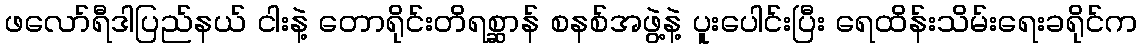
ဖလော်ရီဒါပြည်နယ် ငါးနဲ့ တောရိုင်းတိရစ္ဆာန် စနစ်အဖွဲ့နဲ့ ပူးပေါင်းပြီး ရေထိန်းသိမ်းရေးခရိုင်က